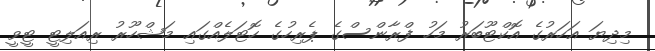
މިދިޔަ އަހަރުގެ އޮކްޓޫބަރު މަހު ފްރާންސްގެ ޕެރިހުގެ ހޮޓަލެއްގައި މަޝްހޫރު ރިއަލިޓީ ޓީވީ